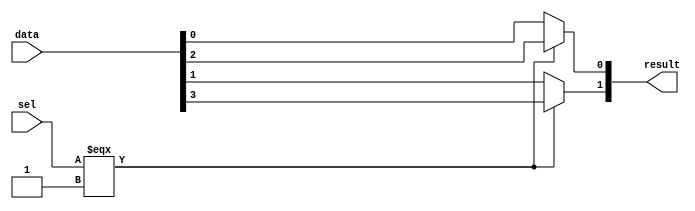
module  element_mux_2x2_mux
	( 
	data,
	result,
	sel) /* synthesis synthesis_clearbox=1 */;
	input   [3:0]  data;
	output   [1:0]  result;
	input   [0:0]  sel;
`ifndef ALTERA_RESERVED_QIS
// synopsys translate_off
`endif
	tri0   [3:0]  data;
	tri0   [0:0]  sel;
`ifndef ALTERA_RESERVED_QIS
// synopsys translate_on
`endif

	wire	wire_l1_w0_n0_mux_dataout;
	wire	wire_l1_w1_n0_mux_dataout;
	wire  [3:0]  data_wire;
	wire  [1:0]  result_wire_ext;
	wire  [0:0]  sel_wire;

	assign		wire_l1_w0_n0_mux_dataout = (sel_wire[0] === 1'b1) ? data_wire[2] : data_wire[0];
	assign		wire_l1_w1_n0_mux_dataout = (sel_wire[0] === 1'b1) ? data_wire[3] : data_wire[1];
	assign
		data_wire = {data},
		result = result_wire_ext,
		result_wire_ext = {wire_l1_w1_n0_mux_dataout, wire_l1_w0_n0_mux_dataout},
		sel_wire = {sel[0]};
endmodule
module element_mux_2x2 (
	data0x,
	data1x,
	sel,
	result)/* synthesis synthesis_clearbox = 1 */;

	input	[1:0]  data0x;
	input	[1:0]  data1x;
	input	  sel;
	output	[1:0]  result;

	wire [1:0] sub_wire0;
	wire [1:0] sub_wire5 = data0x[1:0];
	wire [1:0] result = sub_wire0[1:0];
	wire  sub_wire1 = sel;
	wire  sub_wire2 = sub_wire1;
	wire [1:0] sub_wire3 = data1x[1:0];
	wire [3:0] sub_wire4 = {sub_wire5, sub_wire3};

	element_mux_2x2_mux	element_mux_2x2_mux_component (
				.sel (sub_wire2),
				.data (sub_wire4),
				.result (sub_wire0));

endmodule